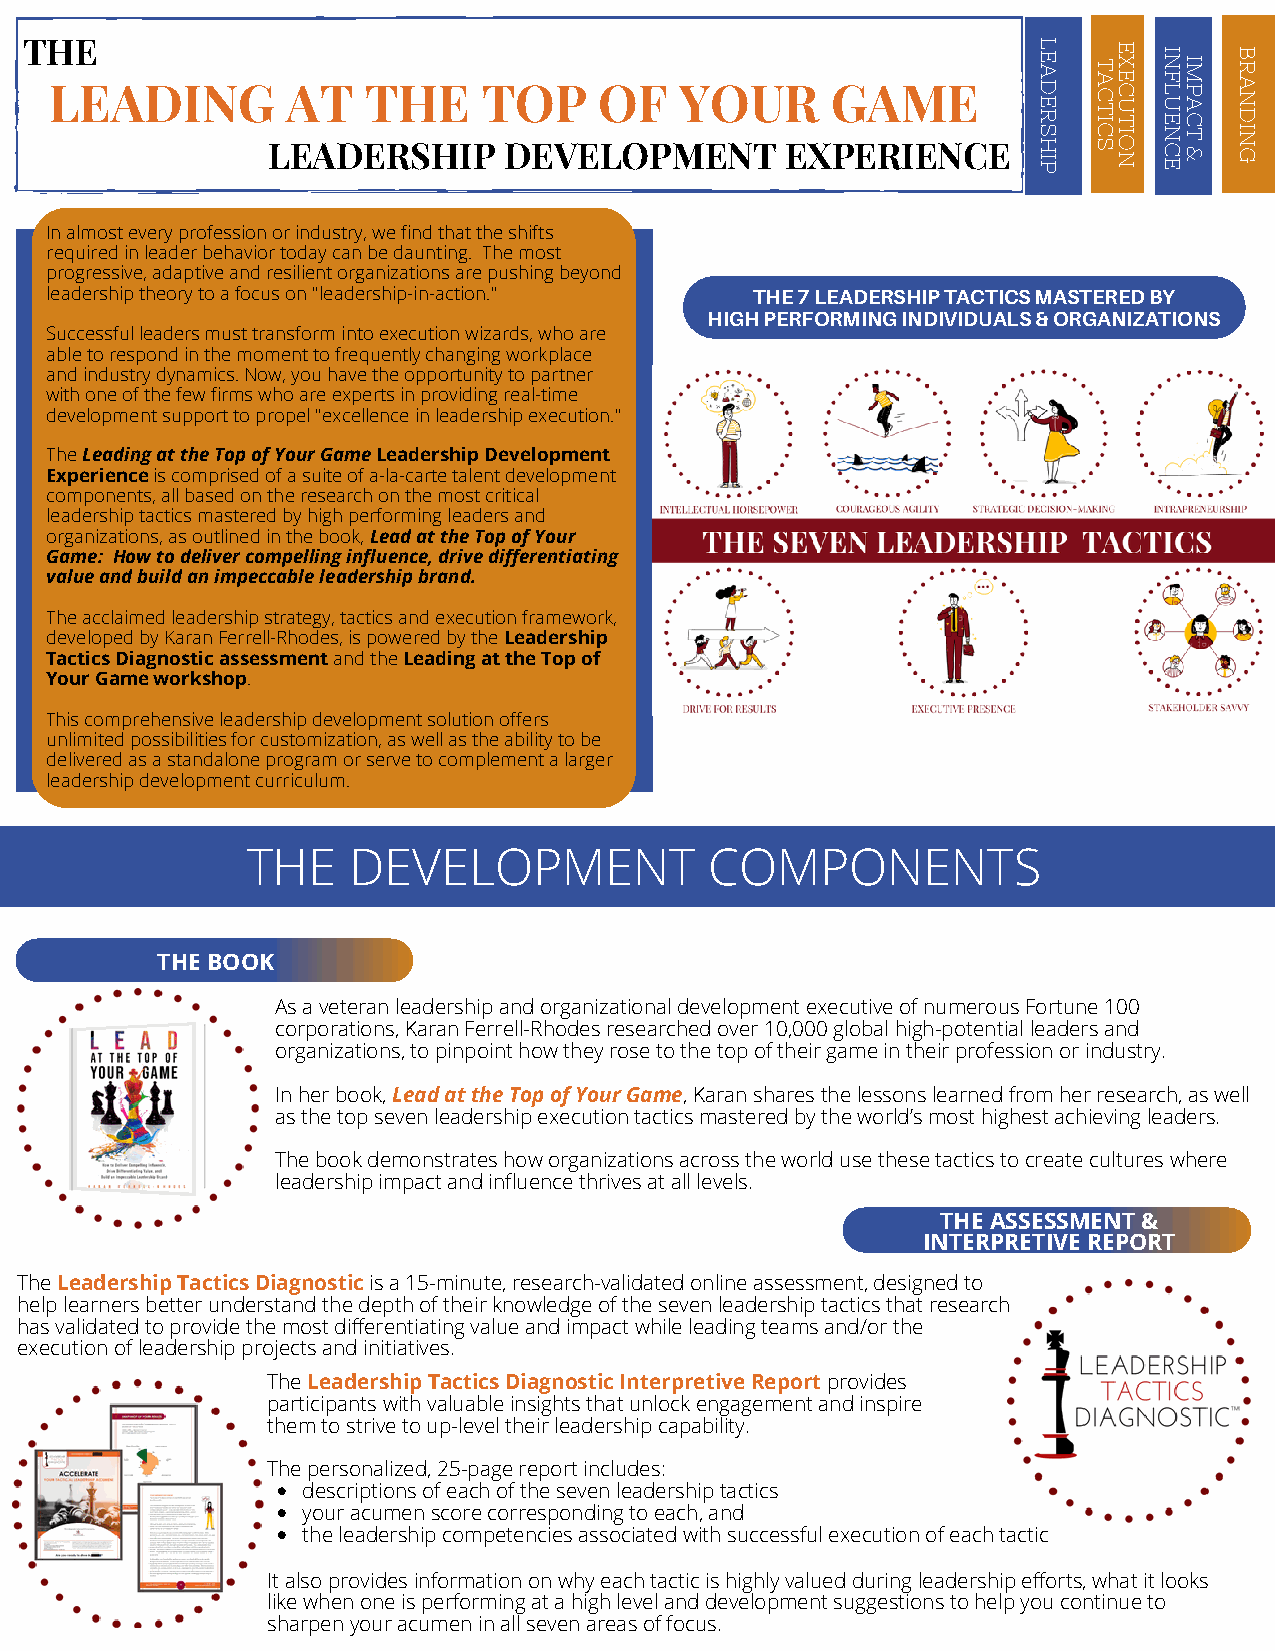
TH LE E ADING     AT   THE     TO   P  OF   YOUR      GAME          L E A D E R T A C T IE X E C U T I N F L U EI M P A C B R A N D
 LEADERSHIP     DEVELOPMENT        EXPERIENCE       S H I
 P
 C SI O N N C ET & I N G
 In almost every profession or industry, we find that the shifts
 required in leader behavior today can be daunting. The most
 progressive, adaptive and resilient organizations are pushing beyond
 leadership theory to a focus on "leadership-in-action." THE 7 LEADERSHIP TACTICS MASTERED BY
 HIGH PERFORMING INDIVIDUALS & ORGANIZATIONS
 Successful leaders must transform into execution wizards, who are
 able to respond in the moment to frequently changing workplace
 and industry dynamics. Now, you have the opportunity to partner
 with one of the few firms who are experts in providing real-time
 development support to propel "excellence in leadership execution."
 The Leading at the Top of Your Game Leadership Development
 Experience is comprised of a suite of a-la-carte talent development
 components, all based on the research on the most critical
 leadership tactics mastered by high performing leaders and
 organizations, as outlined in the book, Lead at the Top of Your
 Game: How to deliver compelling influence, drive differentiating
 value and build an impeccable leadership brand.
 The acclaimed leadership strategy, tactics and execution framework,
 developed by Karan Ferrell-Rhodes, is powered by the Leadership
 Tactics Diagnostic assessment and the Leading at the Top of
 Your Game workshop.
 This comprehensive leadership development solution offers
 unlimited possibilities for customization, as well as the ability to be
 delivered as a standalone program or serve to complement a larger
 leadership development curriculum.
 THE    DEVELOPMENT             COMPONENTS
 THE BOOK
 As a veteran leadership and organizational development executive of numerous Fortune 100
 corporations, Karan Ferrell-Rhodes researched over 10,000 global high-potential leaders and
 organizations, to pinpoint how they rose to the top of their game in their profession or industry.
 In her book, Lead at the Top of Your Game, Karan shares the lessons learned from her research, as well
 as the top seven leadership execution tactics mastered by the world’s most highest achieving leaders.
 The book demonstrates how organizations across the world use these tactics to create cultures where
 leadership impact and influence thrives at all levels.
 THE ASSESSMENT &
 INTERPRETIVE REPORT
 The Leadership Tactics Diagnostic is a 15-minute, research-validated online assessment, designed to
 help learners better understand the depth of their knowledge of the seven leadership tactics that research
 has validated to provide the most differentiating value and impact while leading teams and/or the
 execution of leadership projects and initiatives.
 The Leadership Tactics Diagnostic Interpretive Report provides
 participants with valuable insights that unlock engagement and inspire
 them to strive to up-level their leadership capability.
 The personalized, 25-page report includes:
 descriptions of each of the seven leadership tactics
 your acumen score corresponding to each, and
 the leadership competencies associated with successful execution of each tactic
 It also provides information on why each tactic is highly valued during leadership efforts, what it looks
 like when one is performing at a high level and development suggestions to help you continue to
 sharpen your acumen in all seven areas of focus.